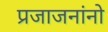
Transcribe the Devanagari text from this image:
प्रजाजनांनो